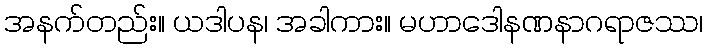
အနက်တည်း။ ယဒါပန၊ အခါကား။ မဟာဒေါနဏနာဂရာဇဿ၊